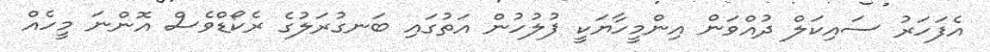
އެފަހަރު ސައިކަލް ދުއްވަން އިންމީހާޔަކީ ފުލުހުން އަތުގައި ބަނގުރަލުގެ ރެކޯޑްވެސް އޮންނަ މީހެއް